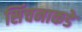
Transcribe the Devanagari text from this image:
सिंचनाकडे